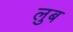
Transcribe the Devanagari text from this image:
लुब